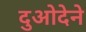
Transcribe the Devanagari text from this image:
दुओदेने